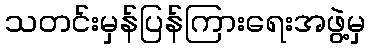
သတင်းမှန်ပြန်ကြားရေးအဖွဲ့မှ